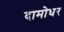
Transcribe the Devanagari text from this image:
दामोधर